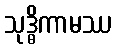
သုဒ္ဓိကာမဿ